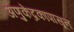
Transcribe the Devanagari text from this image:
अणुकेंद्रकापासून